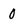
Character: 0